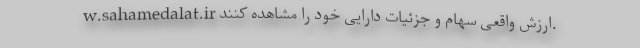
w.sahamedalat.ir ارزش واقعی سهام و جزئیات دارایی خود را مشاهده کنند.